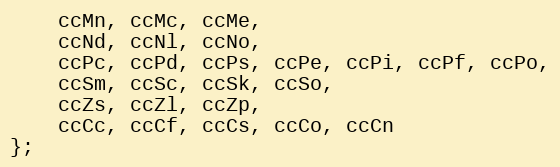
Language: C
	ccMn, ccMc, ccMe,
	ccNd, ccNl, ccNo,
	ccPc, ccPd, ccPs, ccPe, ccPi, ccPf, ccPo,
	ccSm, ccSc, ccSk, ccSo,
	ccZs, ccZl, ccZp,
	ccCc, ccCf, ccCs, ccCo, ccCn
};